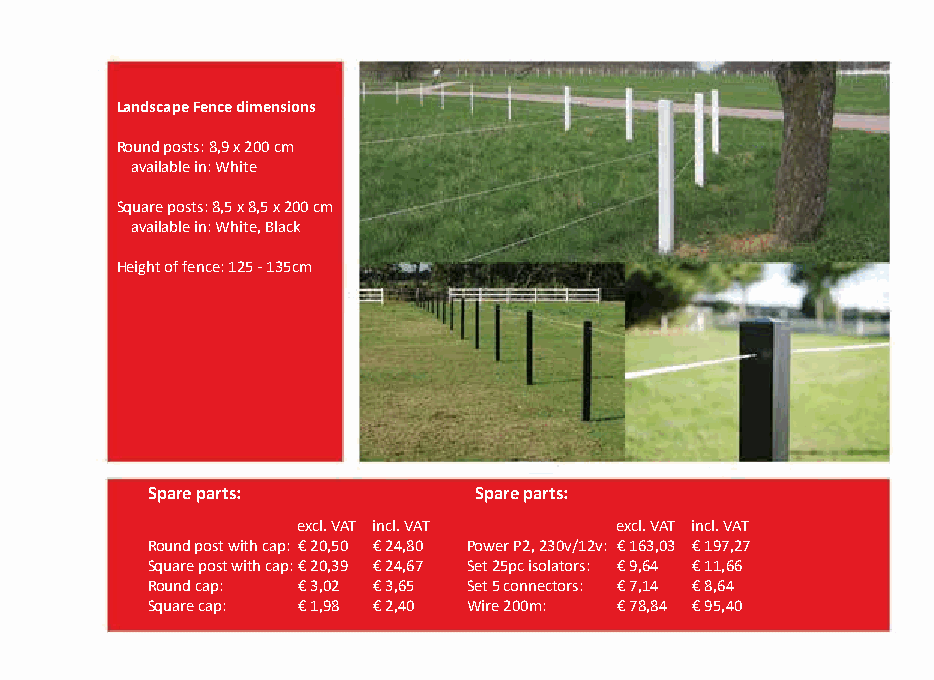
Landscape Fence dimensions
 Round posts: 8,9 x 200 cm
 available in: White
 Square posts: 8,5 x 8,5 x 200 cm
 available in: White, Black
 Height of fence: 125 - 135cm
 Spare parts:         Spare parts:
 excl. VAT incl. VAT  excl. VAT incl. VAT
 Round post with cap: € 20,50 € 24,80 Power P2, 230v/12v: € 163,03 € 197,27
 Square post with cap: € 20,39 € 24,67 Set 25pc isolators: € 9,64 € 11,66
 Round cap: € 3,02 € 3,65 Set 5 connectors: € 7,14 € 8,64
 Square cap: € 1,98 € 2,40 Wire 200m: € 78,84 € 95,40